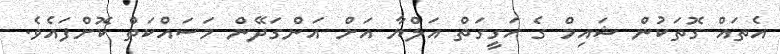
އެތައް ގޮތަކުން ޝައިމް ގެ ހަގީގަތް އަލްޔާ އަށް އަންގަދޭން މަސައްކަތް ކޮށްފައެވެ.